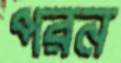
পরন